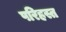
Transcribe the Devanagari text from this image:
परिहस्त